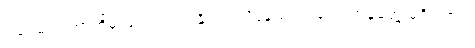
ဒါပေမယ့် ဘာကိုမှ သက်သေပြနိုင်တဲ့ သိပ္ပံနည်းကျလေ့လာမှုတွေ မရှိပါဘူး။